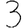
Digit: 3